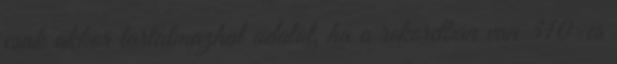
csak akkor tartalmazhat adatot, ha a rekordban van 310-es